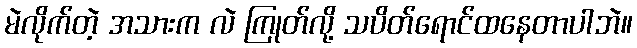
မဲလိုက်တဲ့ အသားက လဲ ကြုတ်လို့ သပိတ်ရောင်ထနေတာပါဘဲ။